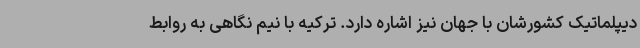
دیپلماتیک کشورشان با جهان نیز اشاره دارد. ترکیه با نیم نگاهی به روابط